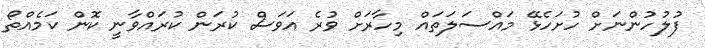
ފުލުހުންނަށް ހުށަހެޅޭ މައްސަލަތައް މިހާރަށް ވުރެ އަވަސް ކުރަން ކުރައްވާނީ ކޮން ކަމެއްތޯ